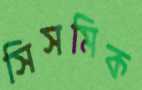
সিসমিক